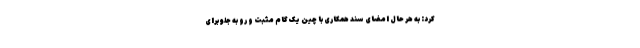
کرد: به هر حال امضای سند همکاری با چین یک گام مثبت و رو به جلو برای